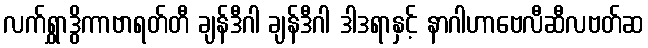
လက်ရွှာဒွိကာဗာရတ်တီ ချန်ဒီဂါ ချန်ဒီဂါ ဒါဒရာနှင့် နာဂါဟာဗေလီဆီလဗတ်ဆ